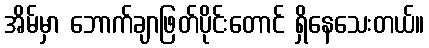
အိမ်မှာ ဘောက်ချာဖြတ်ပိုင်းတောင် ရှိနေသေးတယ်။